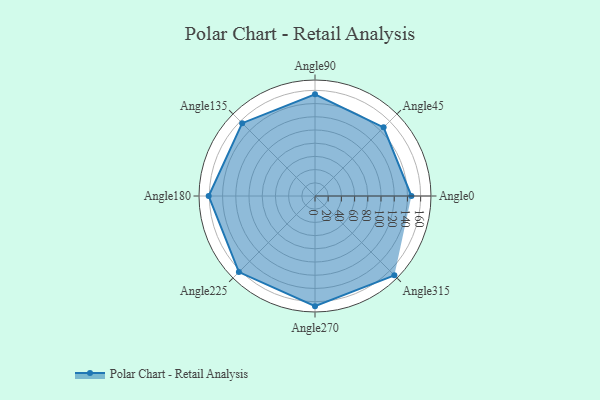
{"axis": {"x": "Angle", "y": "Radius"}, "legend": [""], "data": [{"x": "Angle0", "y": 146.0, "type": ""}, {"x": "Angle45", "y": 147.0, "type": ""}, {"x": "Angle90", "y": 154.0, "type": ""}, {"x": "Angle135", "y": 156.0, "type": ""}, {"x": "Angle180", "y": 161.0, "type": ""}, {"x": "Angle225", "y": 163.0, "type": ""}, {"x": "Angle270", "y": 167.0, "type": ""}, {"x": "Angle315", "y": 170, "type": ""}]}